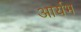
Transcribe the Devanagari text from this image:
आर्यभ